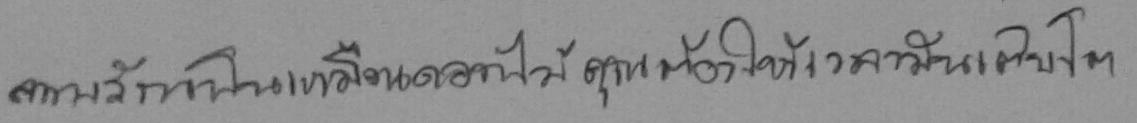
ความรักเป็นเหมือนดอกไม้ คุณต้องให้เวลามันเติบโต